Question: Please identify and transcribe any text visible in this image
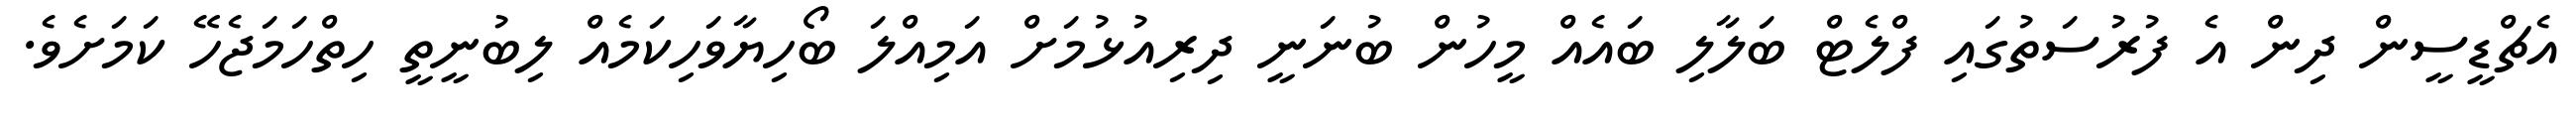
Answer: އެޗްޑީސީން ދިން އެ ފުރުސަތުގައި ފްލެޓް ބަލާލި ބައެއް މީހުން ބުނަނީ ދިރިއުޅުމަށް އަމިއްލަ ބޯހިޔާވަހިކަމެއް ލިބުނީތީ ހިތްހަމަޖެހޭ ކަމަށެވެ.